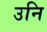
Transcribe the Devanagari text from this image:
उनि